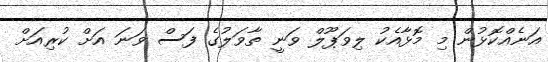
އަނެއްކޮޅުން މި މޮޅާއެކު ލިވަޕޫލް ވަނީ ތާވަލުގެ ފަސް ވަނަ އަށް ކުރިއަށް